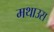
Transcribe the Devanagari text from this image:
मथाउस